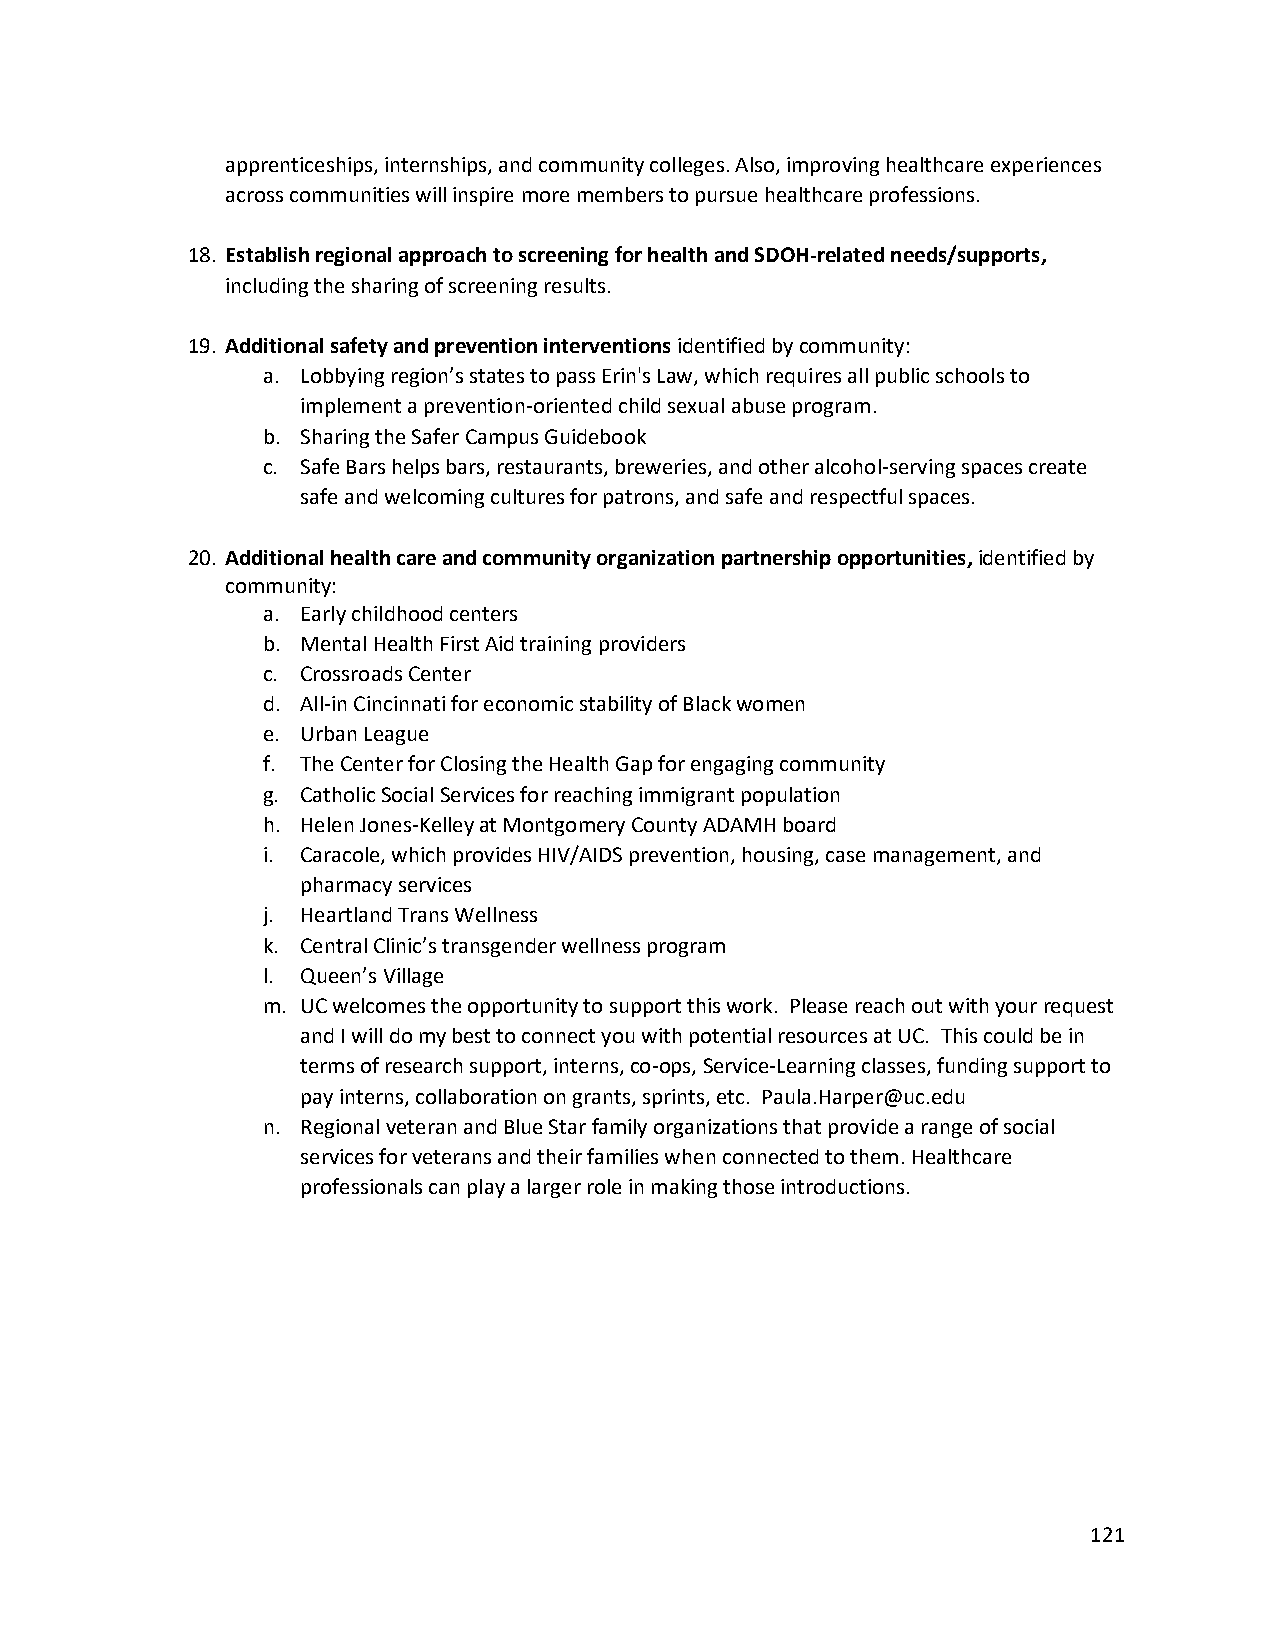
apprenticeships, internships, and community colleges. Also, improving healthcare experiences
 across communities will inspire more members to pursue healthcare professions.
 18. Establish regional approach to screening for health and SDOH-related needs/supports,
 including the sharing of screening results.
 19. Additional safety and prevention interventions identified by community:
 a. Lobbying region’s states to pass Erin's Law, which requires all public schools to
 implement a prevention-oriented child sexual abuse program.
 b. Sharing the Safer Campus Guidebook
 c. Safe Bars helps bars, restaurants, breweries, and other alcohol-serving spaces create
 safe and welcoming cultures for patrons, and safe and respectful spaces.
 20. Additional health care and community organization partnership opportunities, identified by
 community:
 a. Early childhood centers
 b. Mental Health First Aid training providers
 c. Crossroads Center
 d. All-in Cincinnati for economic stability of Black women
 e. Urban League
 f. The Center for Closing the Health Gap for engaging community
 g. Catholic Social Services for reaching immigrant population
 h. Helen Jones-Kelley at Montgomery County ADAMH board
 i. Caracole, which provides HIV/AIDS prevention, housing, case management, and
 pharmacy services
 j. Heartland Trans Wellness
 k. Central Clinic’s transgender wellness program
 l. Queen’s Village
 m. UC welcomes the opportunity to support this work. Please reach out with your request
 and I will do my best to connect you with potential resources at UC. This could be in
 terms of research support, interns, co-ops, Service-Learning classes, funding support to
 pay interns, collaboration on grants, sprints, etc. Paula.Harper@uc.edu
 n. Regional veteran and Blue Star family organizations that provide a range of social
 services for veterans and their families when connected to them. Healthcare
 professionals can play a larger role in making those introductions.
 121